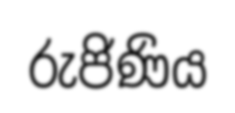
රුජිණිය